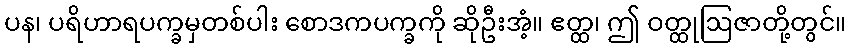
ပန၊ ပရိဟာရပက္ခမှတစ်ပါး စောဒကပက္ခကို ဆိုဦးအံ့။ ဧတ္ထ၊ ဤ ဝတ္ထုဩဇာတို့တွင်။